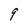
Character: 9